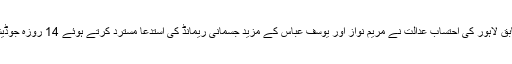
تفصیلات کے مطابق لاہور کی احتساب عدالت نے مریم نواز اور یوسف عباس کے مزید جسمانی ریمانڈ کی استدعا مسترد کرتے ہوئے 14 روزہ جوڈیشل ریمانڈ دے دیا۔